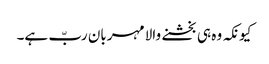
کیونکہ وہ ہی بخشنے والا مہربان ربّ ہے۔